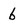
Character: b